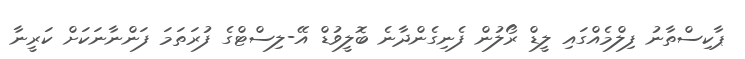
ޕާކިސްތާނު ފިލްމެއްގައި ލީޑް ރޯލުން ފެނިގެންދާނެ ބޮލީވުޑް އޭ-ލިސްޓްގެ ފުރަތަމަ ފަންނާނަކަށް ކަރީނާ